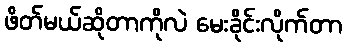
ဖိတ်မယ်ဆိုတာကိုလဲ မေးခိုင်းလိုက်တာ